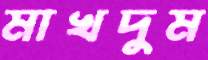
মাখদুম